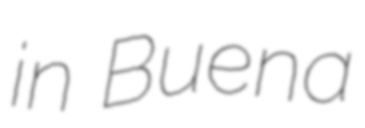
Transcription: in Buena